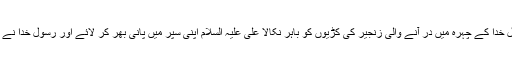
ابوعبیدہ جراح نے رسول خدا کے چہرہ میں در آنے والی زنجیر کی کڑیوں کو باہر نکالا علی علیہ السلام اپنی سپر میں پانی بھر کر لائے اور رسول خدا نے اپنا سر اور چہرہ دھویا۔